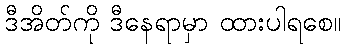
ဒီအိတ်ကို ဒီနေရာမှာ ထားပါရစေ။